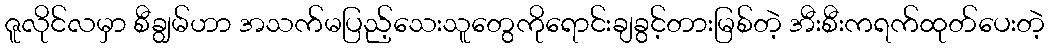
ဇူလိုင်လမှာ စီချွမ်ဟာ အသက်မပြည့်သေးသူတွေကိုရောင်းချခွင့်တားမြစ်တဲ့ အီးစီးကရက်ထုတ်ပေးတဲ့